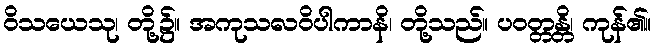
ဝိသယေသု၊ တို့၌။ အကုသလဝိပါကာနိ၊ တို့သည်။ ပဝတ္တန္တိ၊ ကုန်၏။